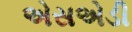
એસએડી